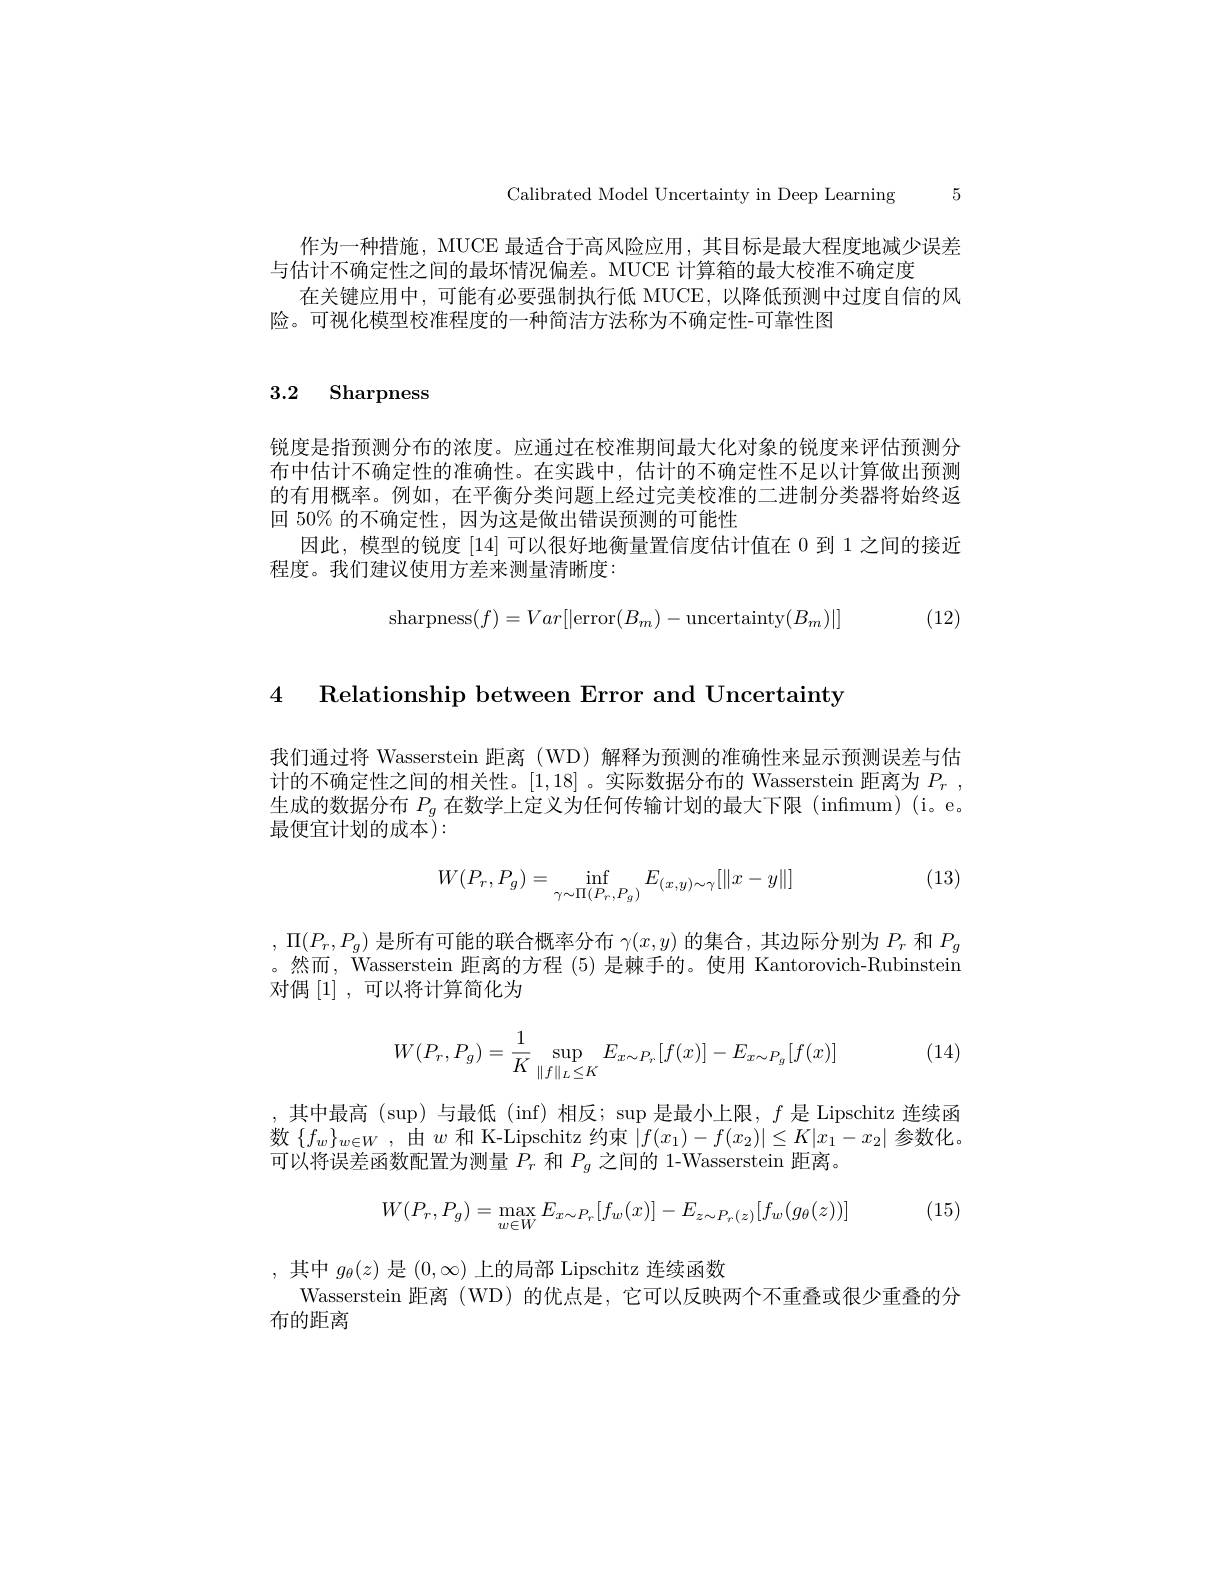
Calibrated Model Uncertainty in Deep Learning 5

作为一种措施，MUCE 最适合于高风险应用，其目标是最大程度地减少误差
与估计不确定性之间的最坏情况偏差。MUCE 计算箱的最大校准不确定度
在关键应用中，可能有必要强制执行低 MUCE,以降低预测中过度自信的风
险。可视化模型校准程度的一种简洁方法称为不确定性-可靠性图

## 3.2 Sharpness

锐度是指预测分布的浓度。应通过在校准期间最大化对象的锐度来评估预测分布中估计不确定性的准确性。在实践中，估计的不确定性不足以计算做出预测的有用概率。例如，在平衡分类问题上经过完美校准的二进制分类器将始终返回 50% 的不确定性，因为这是做出错误预测的可能性
因此，模型的锐度[14]可以很好地衡量置信度估计值在 0 到 1 之间的接近
程度。我们建议使用方差来测量清晰度：
$$\text{sharpness}(f)=Var[|\text{error}(B_m)-\text{uncertainty}(B_m)|]$$
(12)

4 Relationship between Error and Uncertainty

我们通过将 Wasserstein 距离(WD) 解释为预测的准确性来显示预测误差与估计的不确定性之间的相关性。[1,18] 。实际数据分布的 Wasserstein 距离为$P_r$ , 生成的数据分布$P_g$在数学上定义为任何传输计划的最大下限 (infmum)(i。e。最便宜计划的成本):

(13)
$$W(P_r,P_g)=\inf_{\gamma\sim\Pi(P_r,P_g)}E_{(x,y)\sim\gamma}[\|x-y\|]$$
$,\Pi(P_r,P_g)$是所有可能的联合概率分布$\gamma(x,y)$的集合，其边际分别为$P_r$和$P_g$ 。然而，Wasserstein 距离的方程 (5) 是棘手的。使用 Kantorovich-Rubinstein 对偶$\left[1\right]$,可以将计算简化为

(14)
$$W(P_r,P_g)=\dfrac{1}{K}\sup\limits_{\|f\|_L\leq K}E_{x\sim P_r}[f(x)]-E_{x\sim P_g}[f(x)]$$
,其中最高 (sup)与最低 (inf)相反；sup 是最小上限，$f$是 Lipschitz 连续函数$\left\{f_{w}\right\}_{w\in W}$,由$w$和 K-Lipschitz 约束$\left|f(x_{1})-f(x_{2})\right|\leq K|x_{1}-x_{2}|$参数化。可以将误差函数配置为测量$P_r$和$P_g$之间的 1-Wasserstein 距离。

(15)
$$W(P_r,P_g)=\max_{w\in W}E_{x\sim P_r}[f_w(x)]-E_{z\sim P_r(z)}[f_w(g_\theta(z))]$$
,其中$g_\theta(z)$是$(0,\infty)$上的局部 Lipschitz 连续函数
Wasserstein 距离(WD)的优点是，它可以反映两个不重叠或很少重叠的分
布的距离